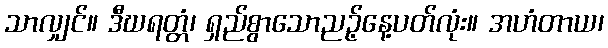
သာလျှင်။ ဒီဃရတ္တံ၊ ရှည်စွာသောညဉ့်နေ့ပတ်လုံး။ အဟံတာယ၊